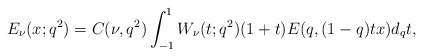
\begin{align*}E_{\nu}(x;q^2)=C(\nu,q^2)\int_{-1}^1 W_\nu(t;q^2)(1+t) E(q, (1-q)tx) d_qt,\end{align*}